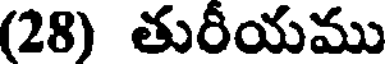
(28) తురీయము